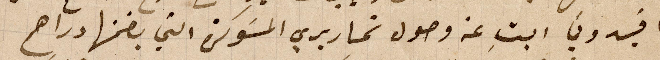
افيدوني ابتِ عن وصول تحاريري المسَوكرة التي بضمنها دراهم